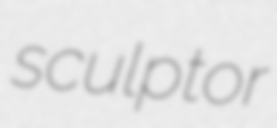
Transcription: sculptor